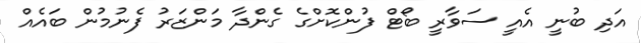
އަދި ބުނީ އެއީ ސަވާރީ ބޯޓް ފުންކޮށްގެ ގެންދާ މަންޒަރު ފެނުމުން ބައެއް